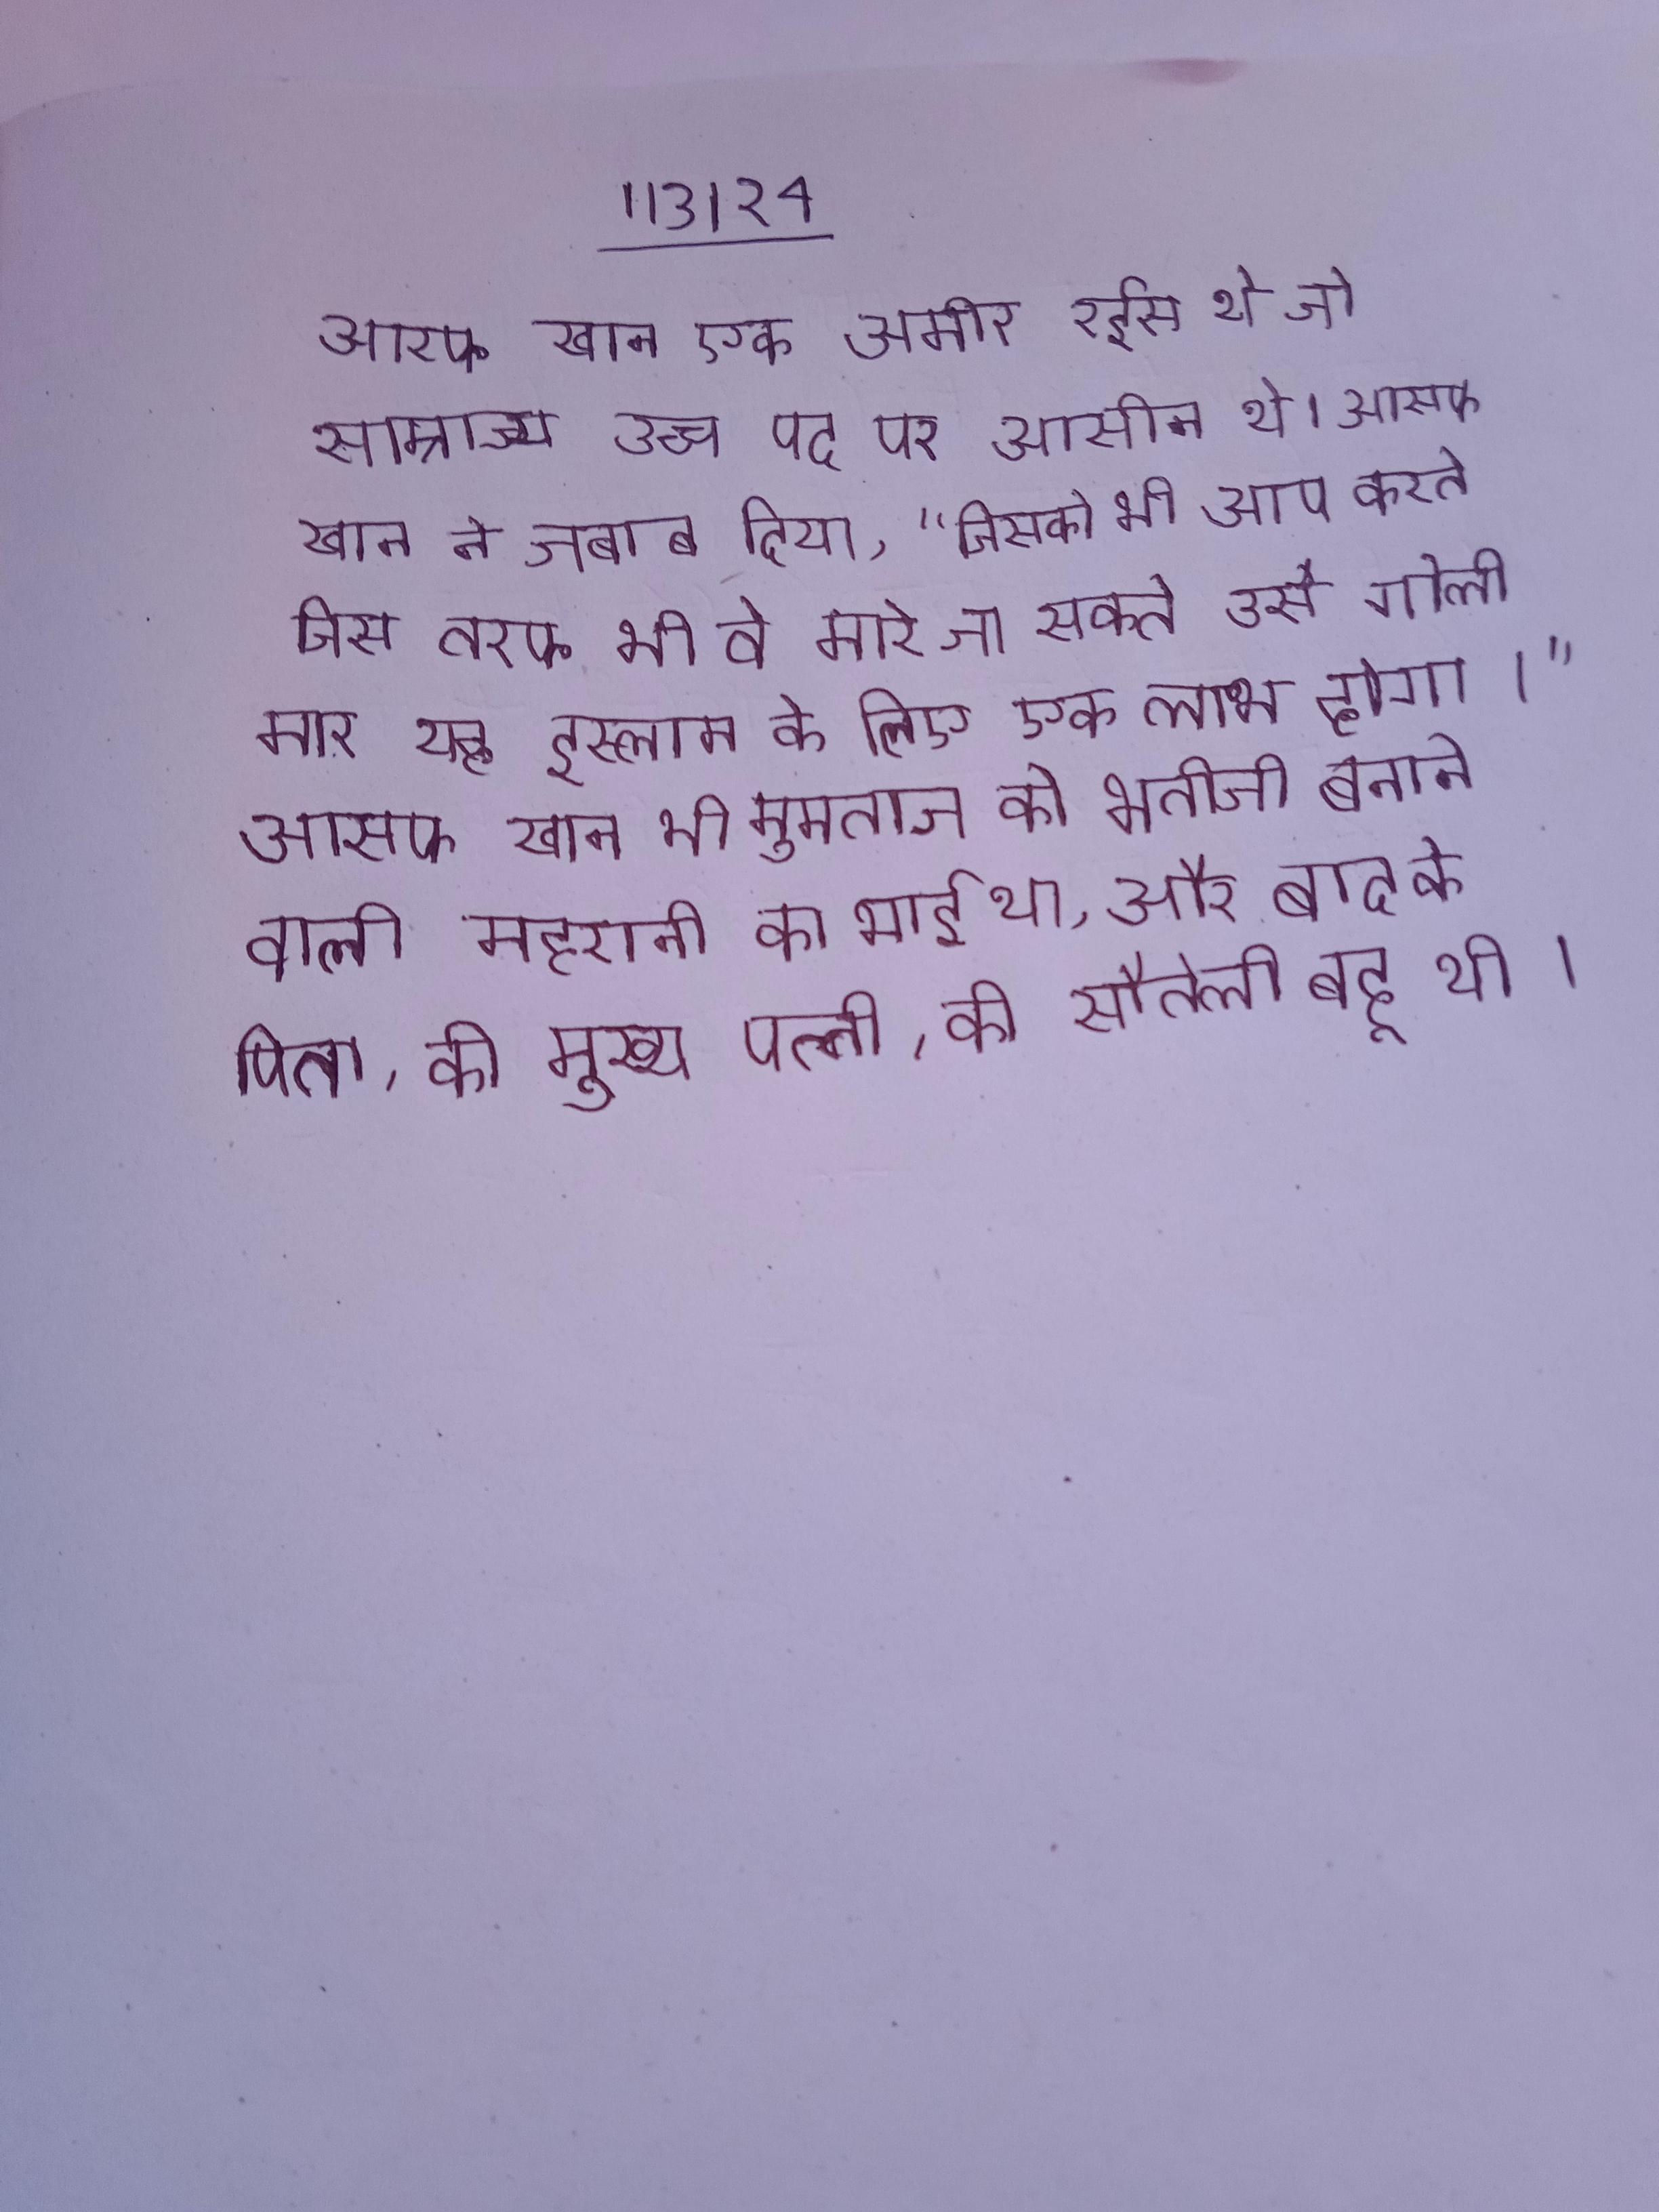
आसफ खान एक अमीर रईस थे जो साम्राज्य उच्च पद पर आसीन थे । आसफ खान ने जवाब दिया, "जिसको भी आप करते जिस तरफ भी वे मारे जा सकते उसे गोली मार यह इस्लाम के लिए एक लाभ होगा।" आसफ खान भी मुमताज को भतीजी बनाने वाली महारानी का भाई था, और बाद के पिता, की मुख्य पत्नी, की सौतेली बहू थी ।